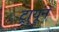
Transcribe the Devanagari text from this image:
ट्रायून